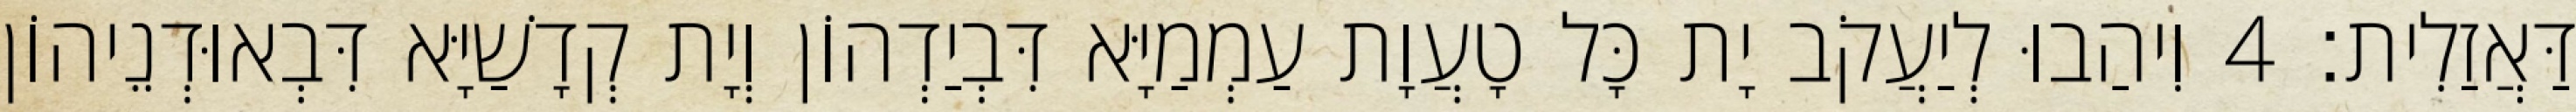
דַּאֲזַלִית׃ 4 וִיהַבוּ לְיַעֲקֹב יָת כָּל טָעֲוָת עַמְמַיָּא דִּבְיַדְהוֹן וְיָת קְדָשַׁיָּא דִּבְאוּדְנֵיהוֹן